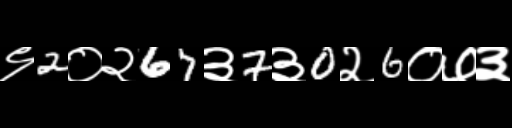
Text: ९2०२67३7३0२6०७३